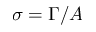
\sigma = \Gamma / A